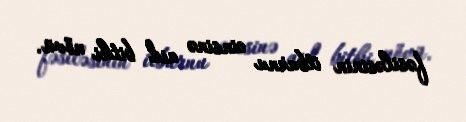
fəsiləsinin i̇tburnu cinsinə aid bitki növü.